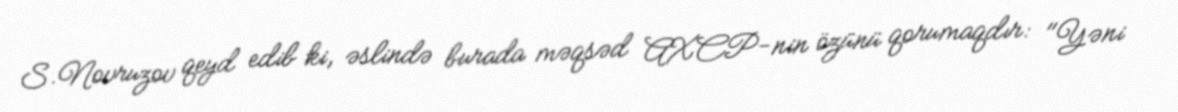
S.Novruzov qeyd edib ki, əslində burada məqsəd AXCP-nin özünü qorumaqdır: "Yəni